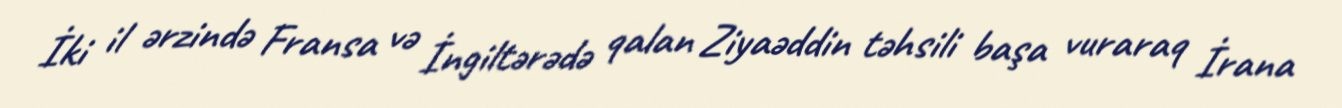
İki il ərzində Fransa və İngiltərədə qalan Ziyaəddin təhsili başa vuraraq İrana